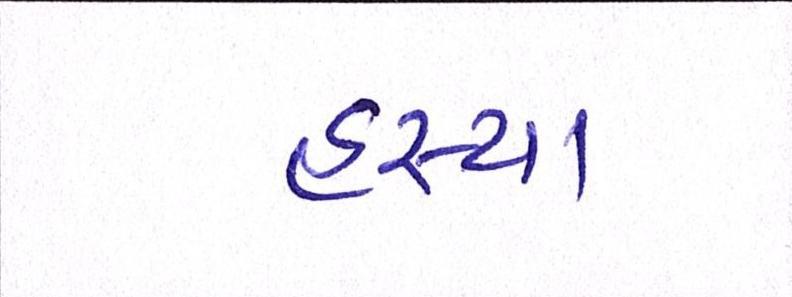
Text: હસ્યા